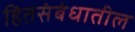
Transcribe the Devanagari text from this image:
हितसंबंधातील